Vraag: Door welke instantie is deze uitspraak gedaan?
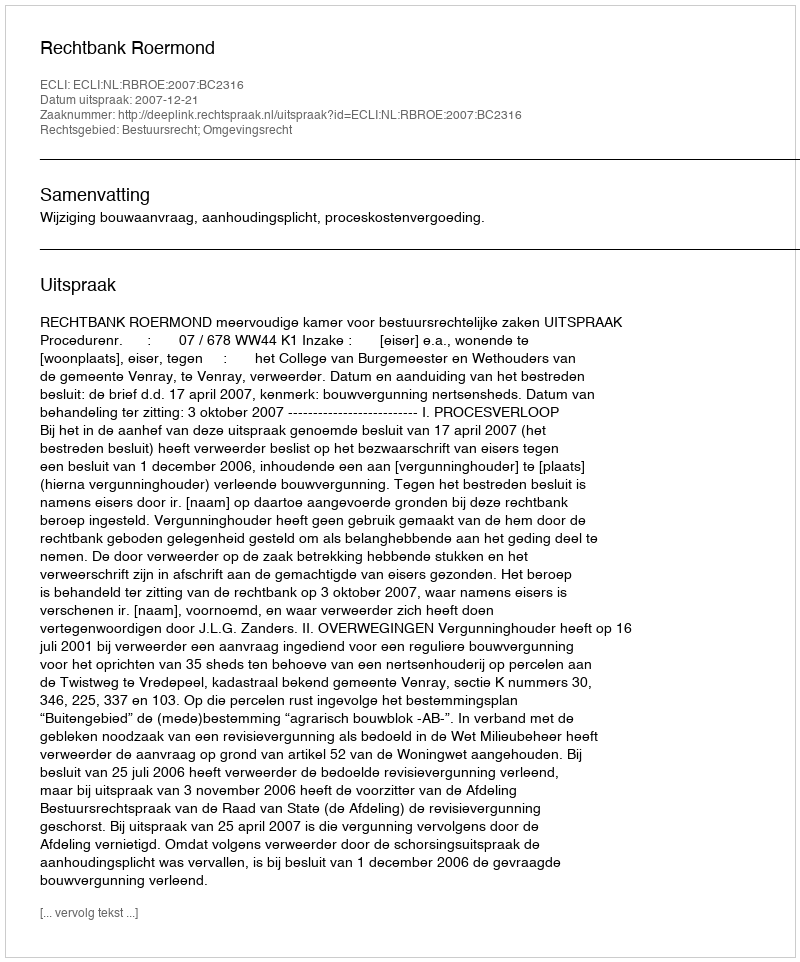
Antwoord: Rechtbank Roermond